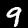
Label: 9